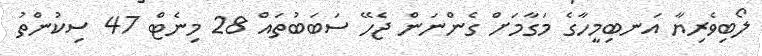
ލޯބިވެރިޔާ އަނބިމީހާގެ މަގާމަށް ގެންނަން ޖެހޭ ސަބަބުތައް 28 މިނެޓް 47 ސިކުންތު